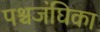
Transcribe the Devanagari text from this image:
पश्चजंघिका